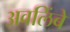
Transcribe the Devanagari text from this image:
अवलिंबे